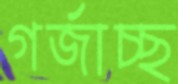
গর্‌জাচ্ছ